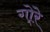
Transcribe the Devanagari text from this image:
गो्रे